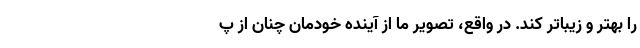
را بهتر و زیباتر کند. در واقع، تصویر ما از آینده خودمان چنان از پ